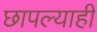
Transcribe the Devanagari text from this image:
छापल्याही